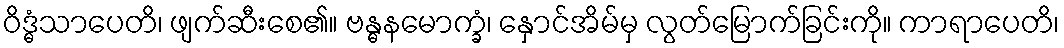
ဝိဒ္ဓံသာပေတိ၊ ဖျက်ဆီးစေ၏။ ဗန္ဓနမောက္ခံ၊ နှောင်အိမ်မှ လွတ်မြောက်ခြင်းကို။ ကာရာပေတိ၊